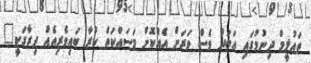
ތައުލީމް ދިނުމުގައި އަބަދު ވެސް ވަރަށް އެއްކޮށް މަސައްކަތް ކުރާ ބައިވެރިއެއް ދިރާގަކީ"